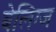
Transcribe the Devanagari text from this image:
बेलिग्ज